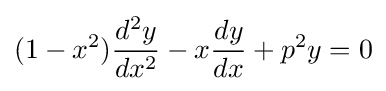
(1-x^{2}){d^{2}y \over dx^{2}}-x{dy \over dx}+p^{2}y=0